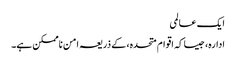
ایک عالمی
ادارہ، جیسا کہ اقوام متحدہ، کے ذریعہ امن ناممکن ہے۔